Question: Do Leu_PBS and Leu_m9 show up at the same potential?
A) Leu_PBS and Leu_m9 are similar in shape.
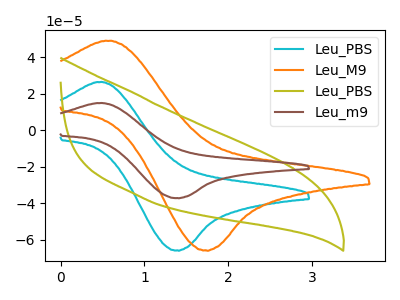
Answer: <think>The cyan curve "Leu_PBS" has an anodic peak at (0.50V, 26.45uA) and a cathodic peak at (1.40V, -65.75uA). The orange curve "Leu_M9" has an anodic peak at (0.60V, 49.05uA) and a cathodic peak at (1.70V, -65.80uA). The olive curve "Leu_PBS" has no peaks. The brown curve "Leu_m9" has an anodic peak at (0.50V, 14.90uA) and a cathodic peak at (1.40V, -37.10uA).
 All the peaks in "Leu_PBS" have a peak in "Leu_m9" at the same potential. Every peak in "Leu_PBS" is higher than every peak in "Leu_m9".</think>
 <answer>A) "Leu_PBS" and "Leu_m9" are similar in shape.</answer>
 <eval>A</eval>